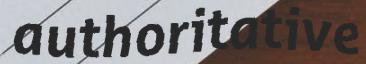
authoritative